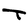
Character: T